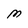
Character: M